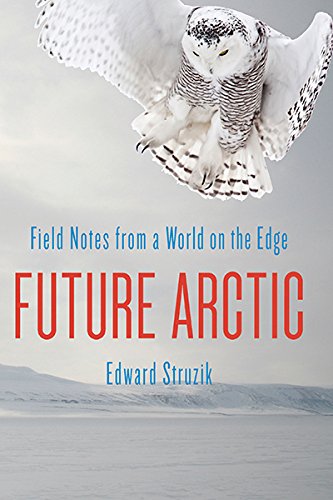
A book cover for Future Arctic: Field Notes from a World on the Edge; Edward Struzik; Travel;